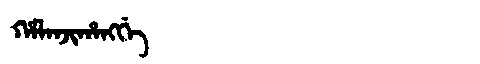
Manchu: ᡥᠠᠯᠠᠨᠵᡳᡥᠠᠩᡤᡝ
Romanization: HALANJIHANGGE